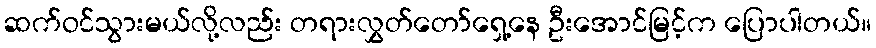
ဆက်ဝင်သွားမယ်လို့လည်း တရားလွှတ်တော်ရှေ့နေ ဦးအောင်မြင့်က ပြောပါတယ်။